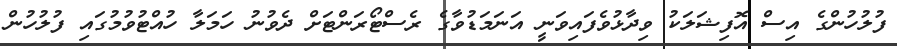
ފުލުހުންގެ އިސް އޮފިޝަލަކު ވިދާޅުވެފައިވަނީ އަނަމަޑުވާގެ ރެސްޓޯރަންޓަށް ދެވުނު ހަމަލާ ހުއްޓުވުމުގައި ފުލުހުން